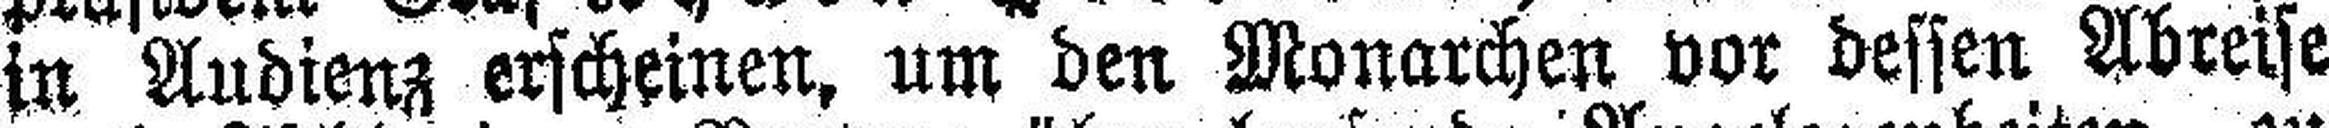
in Audienz erscheinen, um den Monarchen vor dessen Abreise